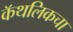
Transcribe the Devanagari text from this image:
कॅथलिकचा